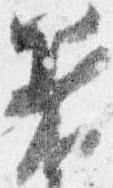
着